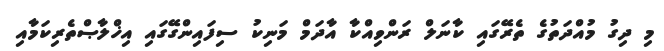
މި ދިގު މުއްދަތުގެ ތެރޭގައި ކާނަލް ރަންވިއްކާ އާދަމް މަނިކު ސިފައިންގޭގައި އިޚްލާޞްތެރިކަމާއި